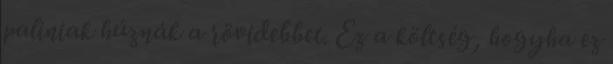
paliniak húznák a rövidebbet. Ez a költség, hogyha ez